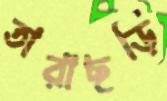
তারাছড়ি